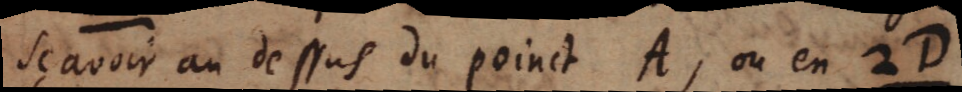
sçavoir au dessus du poinct A, ou en 2D